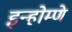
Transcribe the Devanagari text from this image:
इन्होम्णे